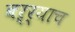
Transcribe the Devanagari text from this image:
बऱ्र्‍याच